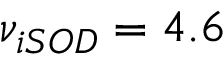
\nu _ { i S O D } = 4 . 6